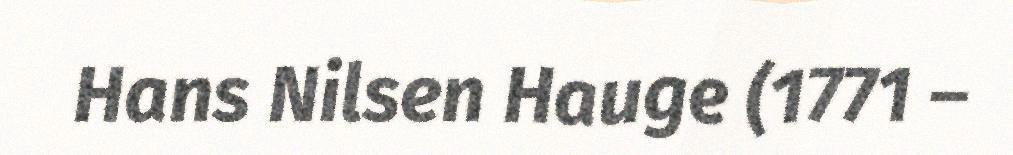
Hans Nilsen Hauge (1771 –